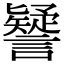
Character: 𧭐